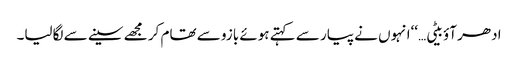
ادھر آؤ بیٹی…‘‘انہوں نے پیار سے کہتے ہوئے بازو سے تھام کر مجھے سینے سے لگالیا۔